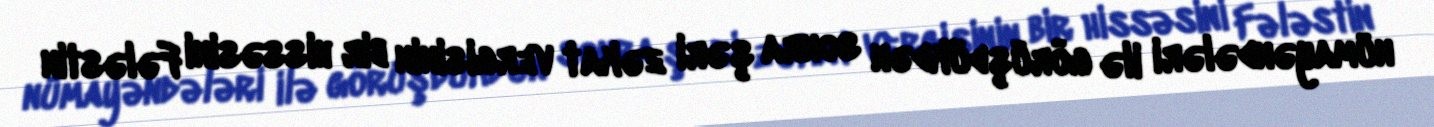
nümayəndələri ilə görüşdükdən sonra şəri zəkat vergisinin bir hissəsini Fələstin